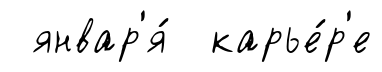
январ'я́ карье́р'е